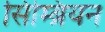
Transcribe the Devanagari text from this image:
सिम्ब्रियन